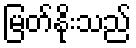
မြတ်နိုးသည်